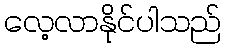
လေ့လာနိုင်ပါသည်